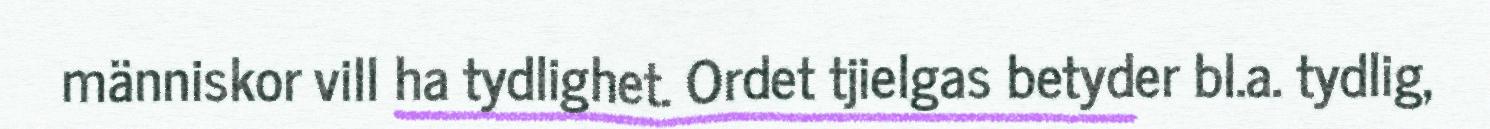
människor vill ha tydlighet. Ordet tjielgas betyder bl.a. tydlig,